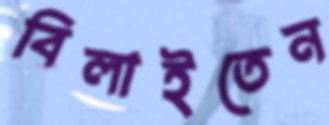
বিলাইতেন